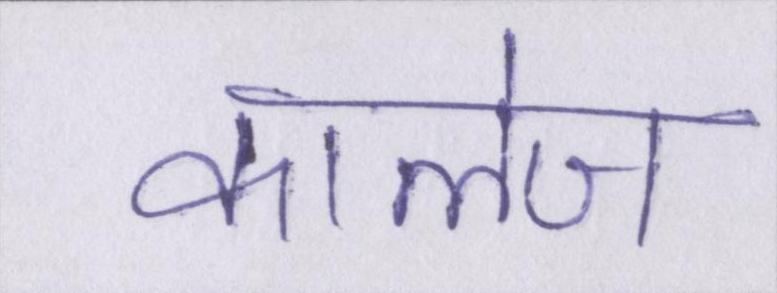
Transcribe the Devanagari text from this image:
कालेज